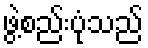
ဖွဲ့စည်းပုံသည်